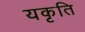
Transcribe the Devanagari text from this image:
यकृति